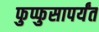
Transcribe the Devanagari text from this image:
फुप्फुसापर्यंत